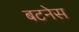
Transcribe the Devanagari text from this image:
बटनेस